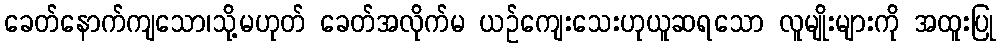
ခေတ်နောက်ကျသော၊သို့မဟုတ် ခေတ်အလိုက်မ ယဉ်ကျေးသေးဟုယူဆရသော လူမျိုးများကို အထူးပြု